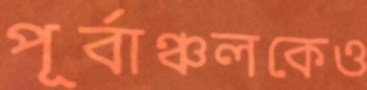
পূর্বাঞ্চলকেও